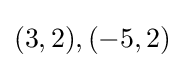
(3,2),(-5,2)